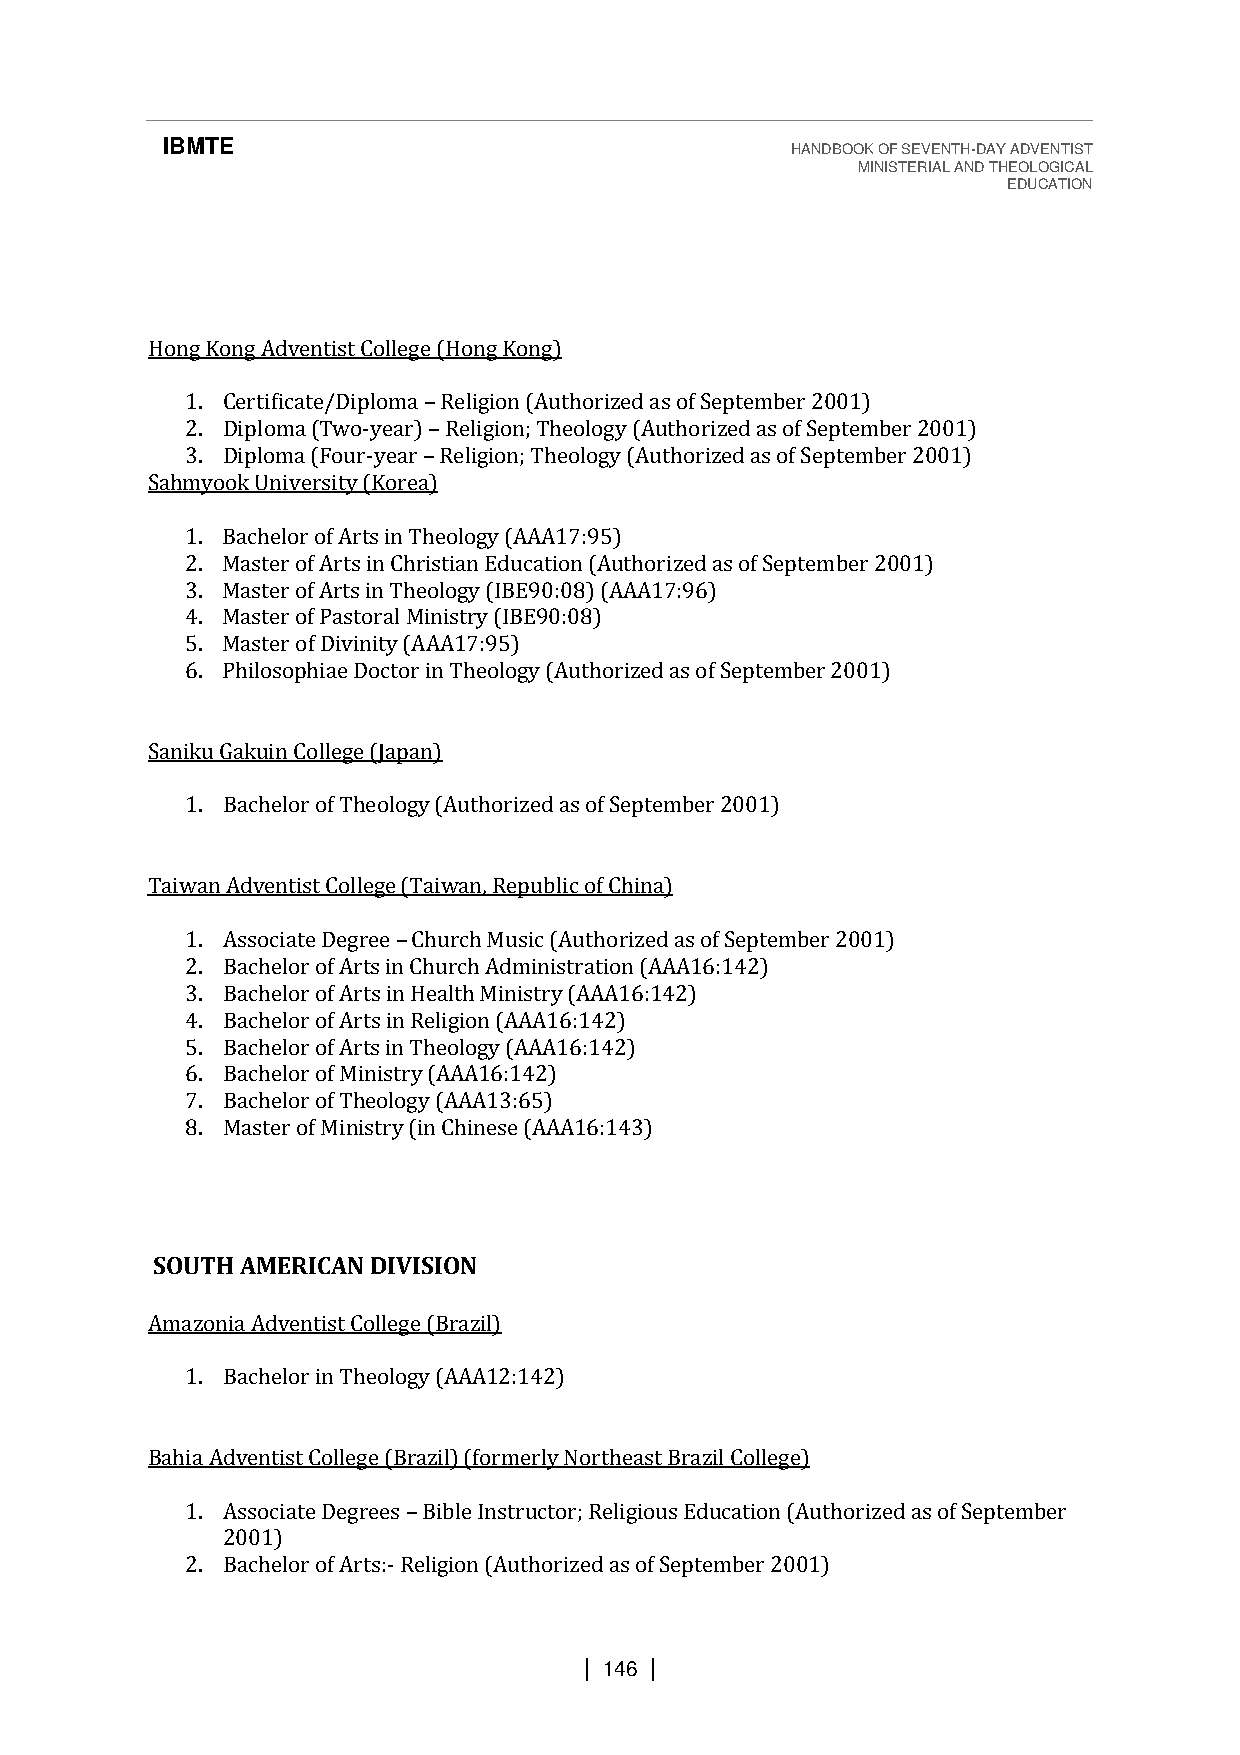
IBMTE                                    HANDBOOK OF SEVENTH-DAY ADVENTIST
 MINISTERIAL AND THEOLOGICAL
 EDUCATION
 Hong Kong Adventist College (Hong Kong)
 1. Certificate/Diploma Religion (Authorized as of September 2001)
 2. Diploma (Two-year) Religion; Theology (Authorized as of September 2001)
 3. Diploma (Four-year – Religion; Theology (Authorized as of September 2001)
 Sahmyook University (Korea–)
 –
 1. Bachelor of Arts in Theology (AAA17:95)
 2. Master of Arts in Christian Education (Authorized as of September 2001)
 3. Master of Arts in Theology (IBE90:08) (AAA17:96)
 4. Master of Pastoral Ministry (IBE90:08)
 5. Master of Divinity (AAA17:95)
 6. Philosophiae Doctor in Theology (Authorized as of September 2001)
 Saniku Gakuin College (Japan)
 1. Bachelor of Theology (Authorized as of September 2001)
 Taiwan Adventist College (Taiwan, Republic of China)
 1. Associate Degree Church Music (Authorized as of September 2001)
 2. Bachelor of Arts in Church Administration (AAA16:142)
 3. Bachelor of Arts in– Health Ministry (AAA16:142)
 4. Bachelor of Arts in Religion (AAA16:142)
 5. Bachelor of Arts in Theology (AAA16:142)
 6. Bachelor of Ministry (AAA16:142)
 7. Bachelor of Theology (AAA13:65)
 8. Master of Ministry (in Chinese (AAA16:143)
 SOUTH AMERICAN DIVISION
 Amazonia Adventist College (Brazil)
 1. Bachelor in Theology (AAA12:142)
 Bahia Adventist College (Brazil) (formerly Northeast Brazil College)
 1. Associate Degrees Bible Instructor; Religious Education (Authorized as of September
 2001)
 2. Bachelor of Arts:- R–eligion (Authorized as of September 2001)
 | 146 |